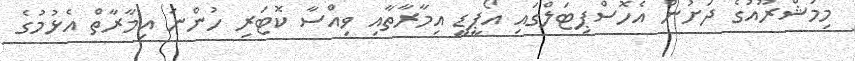
މިމަޝްރޫއުގެ ދަށުން އެހޮސްޕިޓަލްގައި އޯޕީޑީ އިމާރާތާއި ވިއްސާ ކޮޓަރި ހުންނަ އިމާރާތް އެޅުމުގެ